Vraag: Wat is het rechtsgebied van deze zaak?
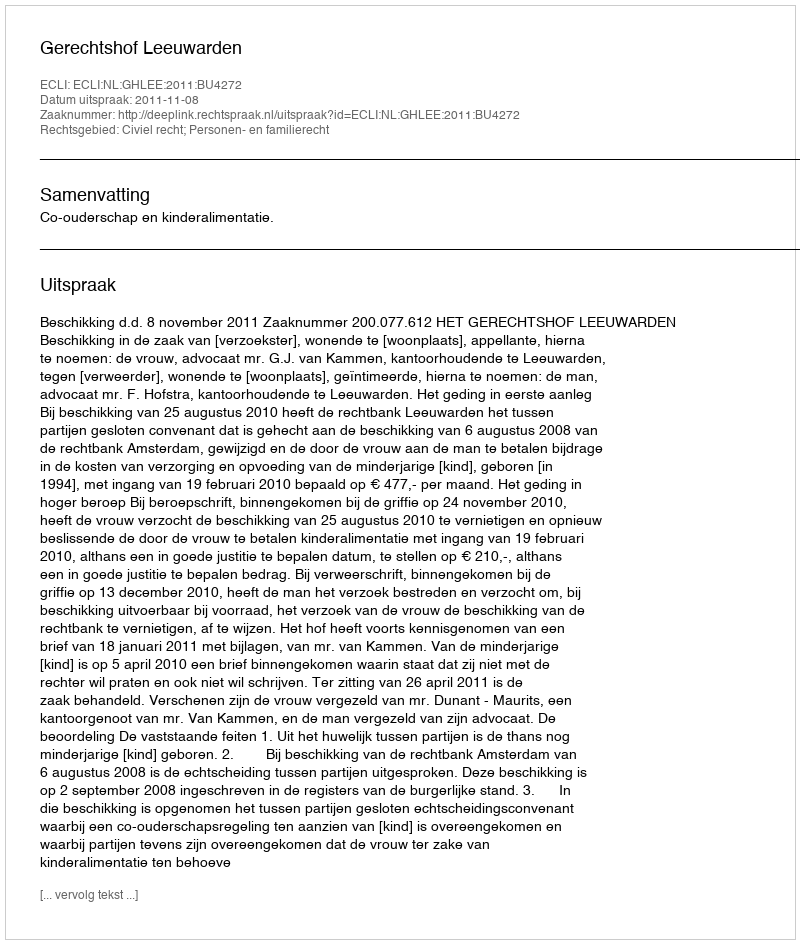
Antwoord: Civiel recht; Personen- en familierecht